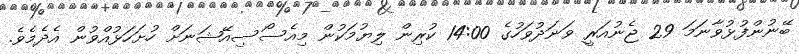
ބޭނުންފުޅުވާނަމަ 29 ޖެނުއަރީ ވަނަދުވަހުގެ 14:00 ކުރިން ލިޔުމަކުން މިއެސޯސިއޭޝަނަށް ހުށަހަޅުއްވުން އެދެމެވެ.